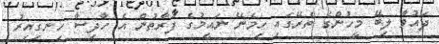
ދައުވާ ލިބޭ މީހުންގެ ތެރޭގައި ހިމެނޭ ނައީމުގެ ފަރާތުން އެ ހާދިސާ ހިނގިއިރު